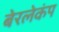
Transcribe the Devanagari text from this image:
बेरलेकंप